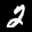
Label: 2